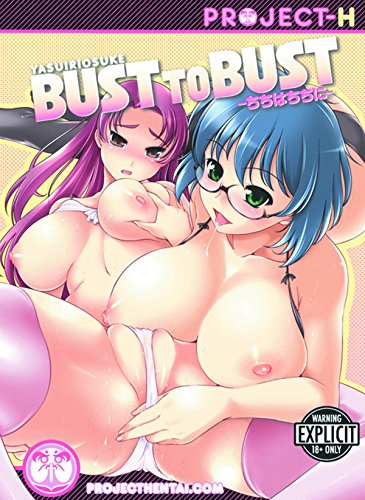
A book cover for Bust to Bust; Yasuiriosuke; Comics & Graphic Novels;